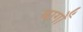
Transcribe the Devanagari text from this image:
बागोँ